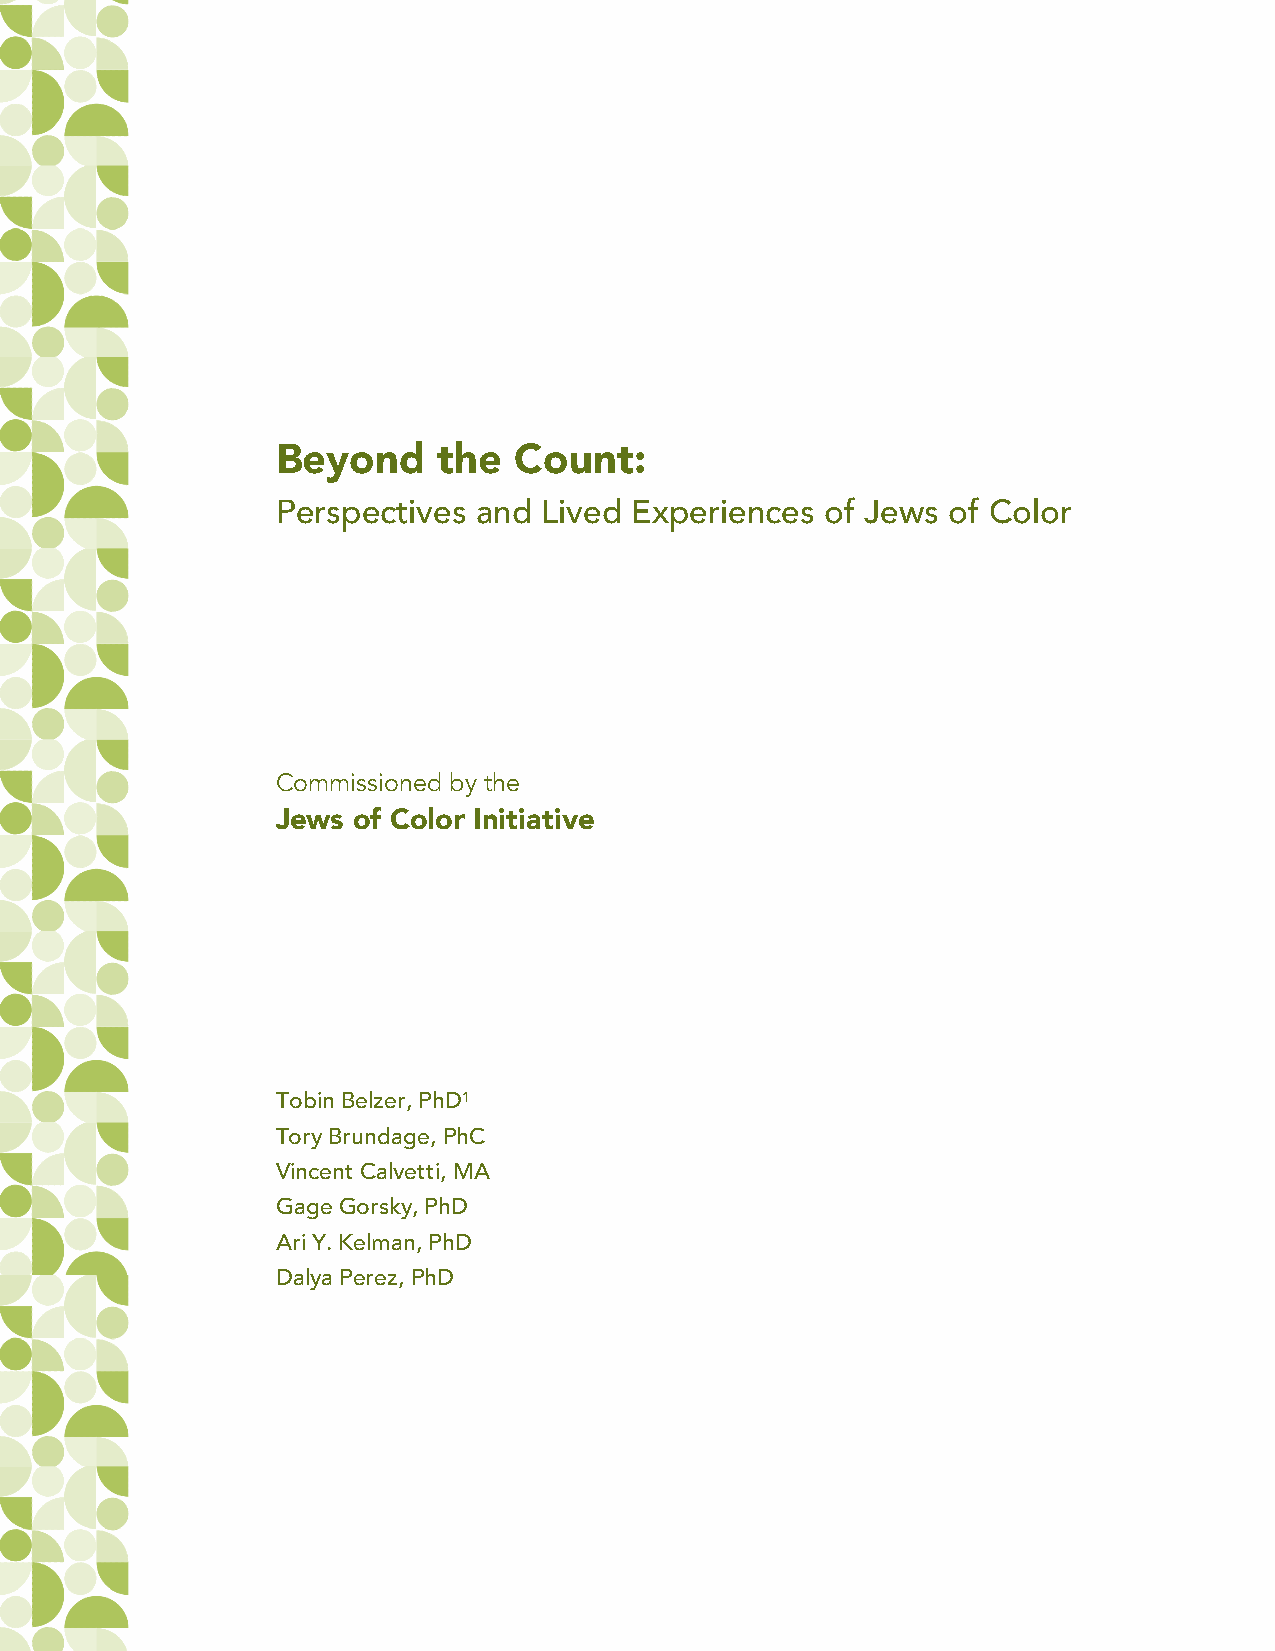
Beyond     the  Count:
 Perspectives  and Lived Experiences  of Jews of Color
 Commissioned by the
 Jews of Color Initiative
 Tobin Belzer,PhD1
 Tory Brundage,PhC
 Vincent Calvetti, MA
 Gage Gorsky, PhD
 Ari Y. Kelman, PhD
 Dalya Perez,PhD